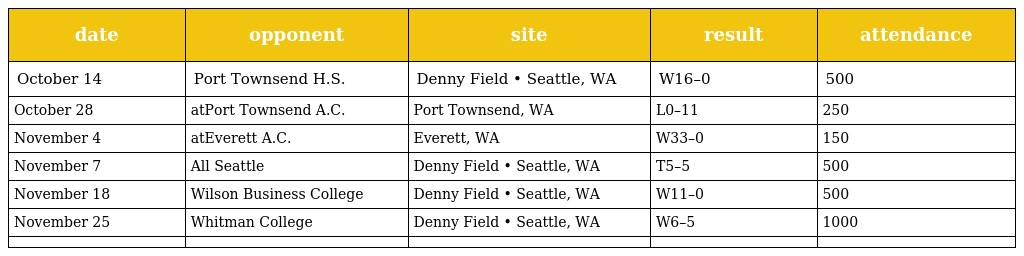
| date | opponent | site | result | attendance |
 | --- | --- | --- | --- | --- |
 | October 14 | Port Townsend H.S. | Denny Field • Seattle, WA | W16–0 | 500 |
 | October 28 | atPort Townsend A.C. | Port Townsend, WA | L0–11 | 250 |
 | November 4 | atEverett A.C. | Everett, WA | W33–0 | 150 |
 | November 7 | All Seattle | Denny Field • Seattle, WA | T5–5 | 500 |
 | November 18 | Wilson Business College | Denny Field • Seattle, WA | W11–0 | 500 |
 | November 25 | Whitman College | Denny Field • Seattle, WA | W6–5 | 1000 |
 |  |  |  |  |  |